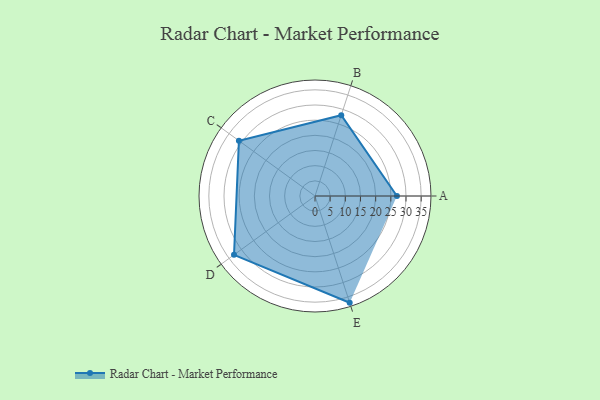
{"axis": {"x": "Skill", "y": "Score"}, "legend": ["Profile"], "data": [{"x": "A", "y": 27.0, "type": "Profile"}, {"x": "B", "y": 28.0, "type": "Profile"}, {"x": "C", "y": 31.0, "type": "Profile"}, {"x": "D", "y": 33.0, "type": "Profile"}, {"x": "E", "y": 37.0, "type": "Profile"}]}